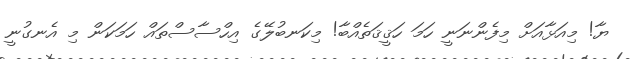
ޔާ! މިއަޅާއަށް މިފެންނަނީ ހަމަ ހަޤީޤަތެއްބާ! މިކަނބުލޭގެ އިހްސާސްތައް ހަމަކަން މި އެނގުނީ